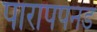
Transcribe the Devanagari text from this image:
पारापपनड